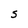
Character: S